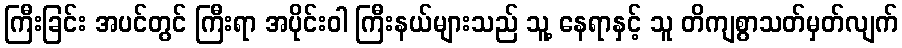
ကြီးခြင်း အပင်တွင် ကြီးရာ အပိုင်းဝါ ကြီးနယ်များသည် သူ့ နေရာနှင့် သူ တိကျစွာသတ်မှတ်လျက်